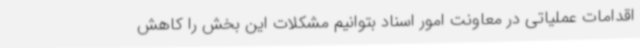
اقدامات عملیاتی در معاونت امور اسناد بتوانیم مشکلات این بخش را کاهش